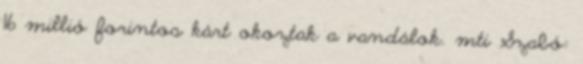
16 millió forintos kárt okoztak a vandálok. mti Szabó: